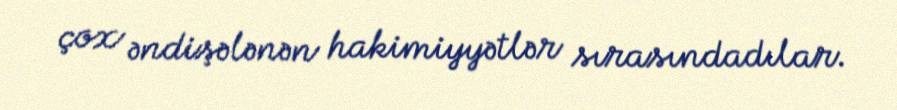
çox əndişələnən hakimiyyətlər sırasındadılar.